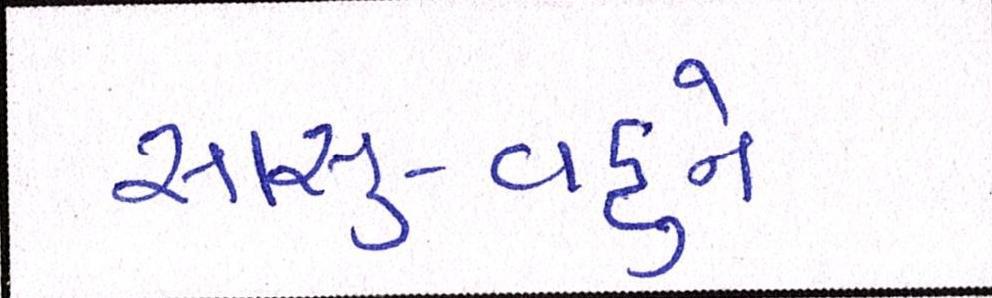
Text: સાસુ-વહુને